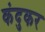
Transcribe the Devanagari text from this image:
कंदुकर